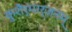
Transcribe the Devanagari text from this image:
कुशैर्मार्जनम्